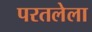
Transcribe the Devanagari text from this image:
परतलेला